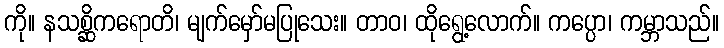
ကို။ နသစ္ဆိကရောတိ၊ မျက်မှော်မပြုသေး။ တာဝ၊ ထိုရွေ့လောက်။ ကပ္ပော၊ ကမ္ဘာသည်။